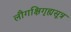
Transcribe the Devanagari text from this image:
लौगक्षिगृह्यसूत्र